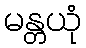
မန္တယုံ